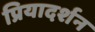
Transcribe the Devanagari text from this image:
प्रियादर्शन